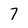
Character: 7